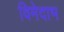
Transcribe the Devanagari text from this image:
विमेदाभ